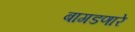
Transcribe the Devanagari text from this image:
बागडणारे